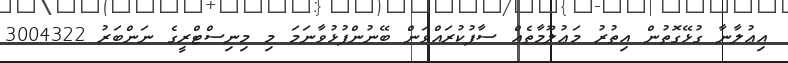
އިޢުލާނާ ގުޅޭގޮތުން އިތުރު މަޢުލޫމާތެއް ސާފުކުރައްވަން ބޭނުންފުޅުވާނަމަ މި މިނިސްޓްރީގެ ނަންބަރު 3004322